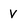
Character: v